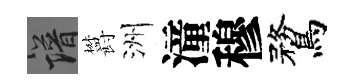
譜欝洲潼穆鶩